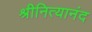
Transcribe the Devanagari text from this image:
श्रीनित्यानंद